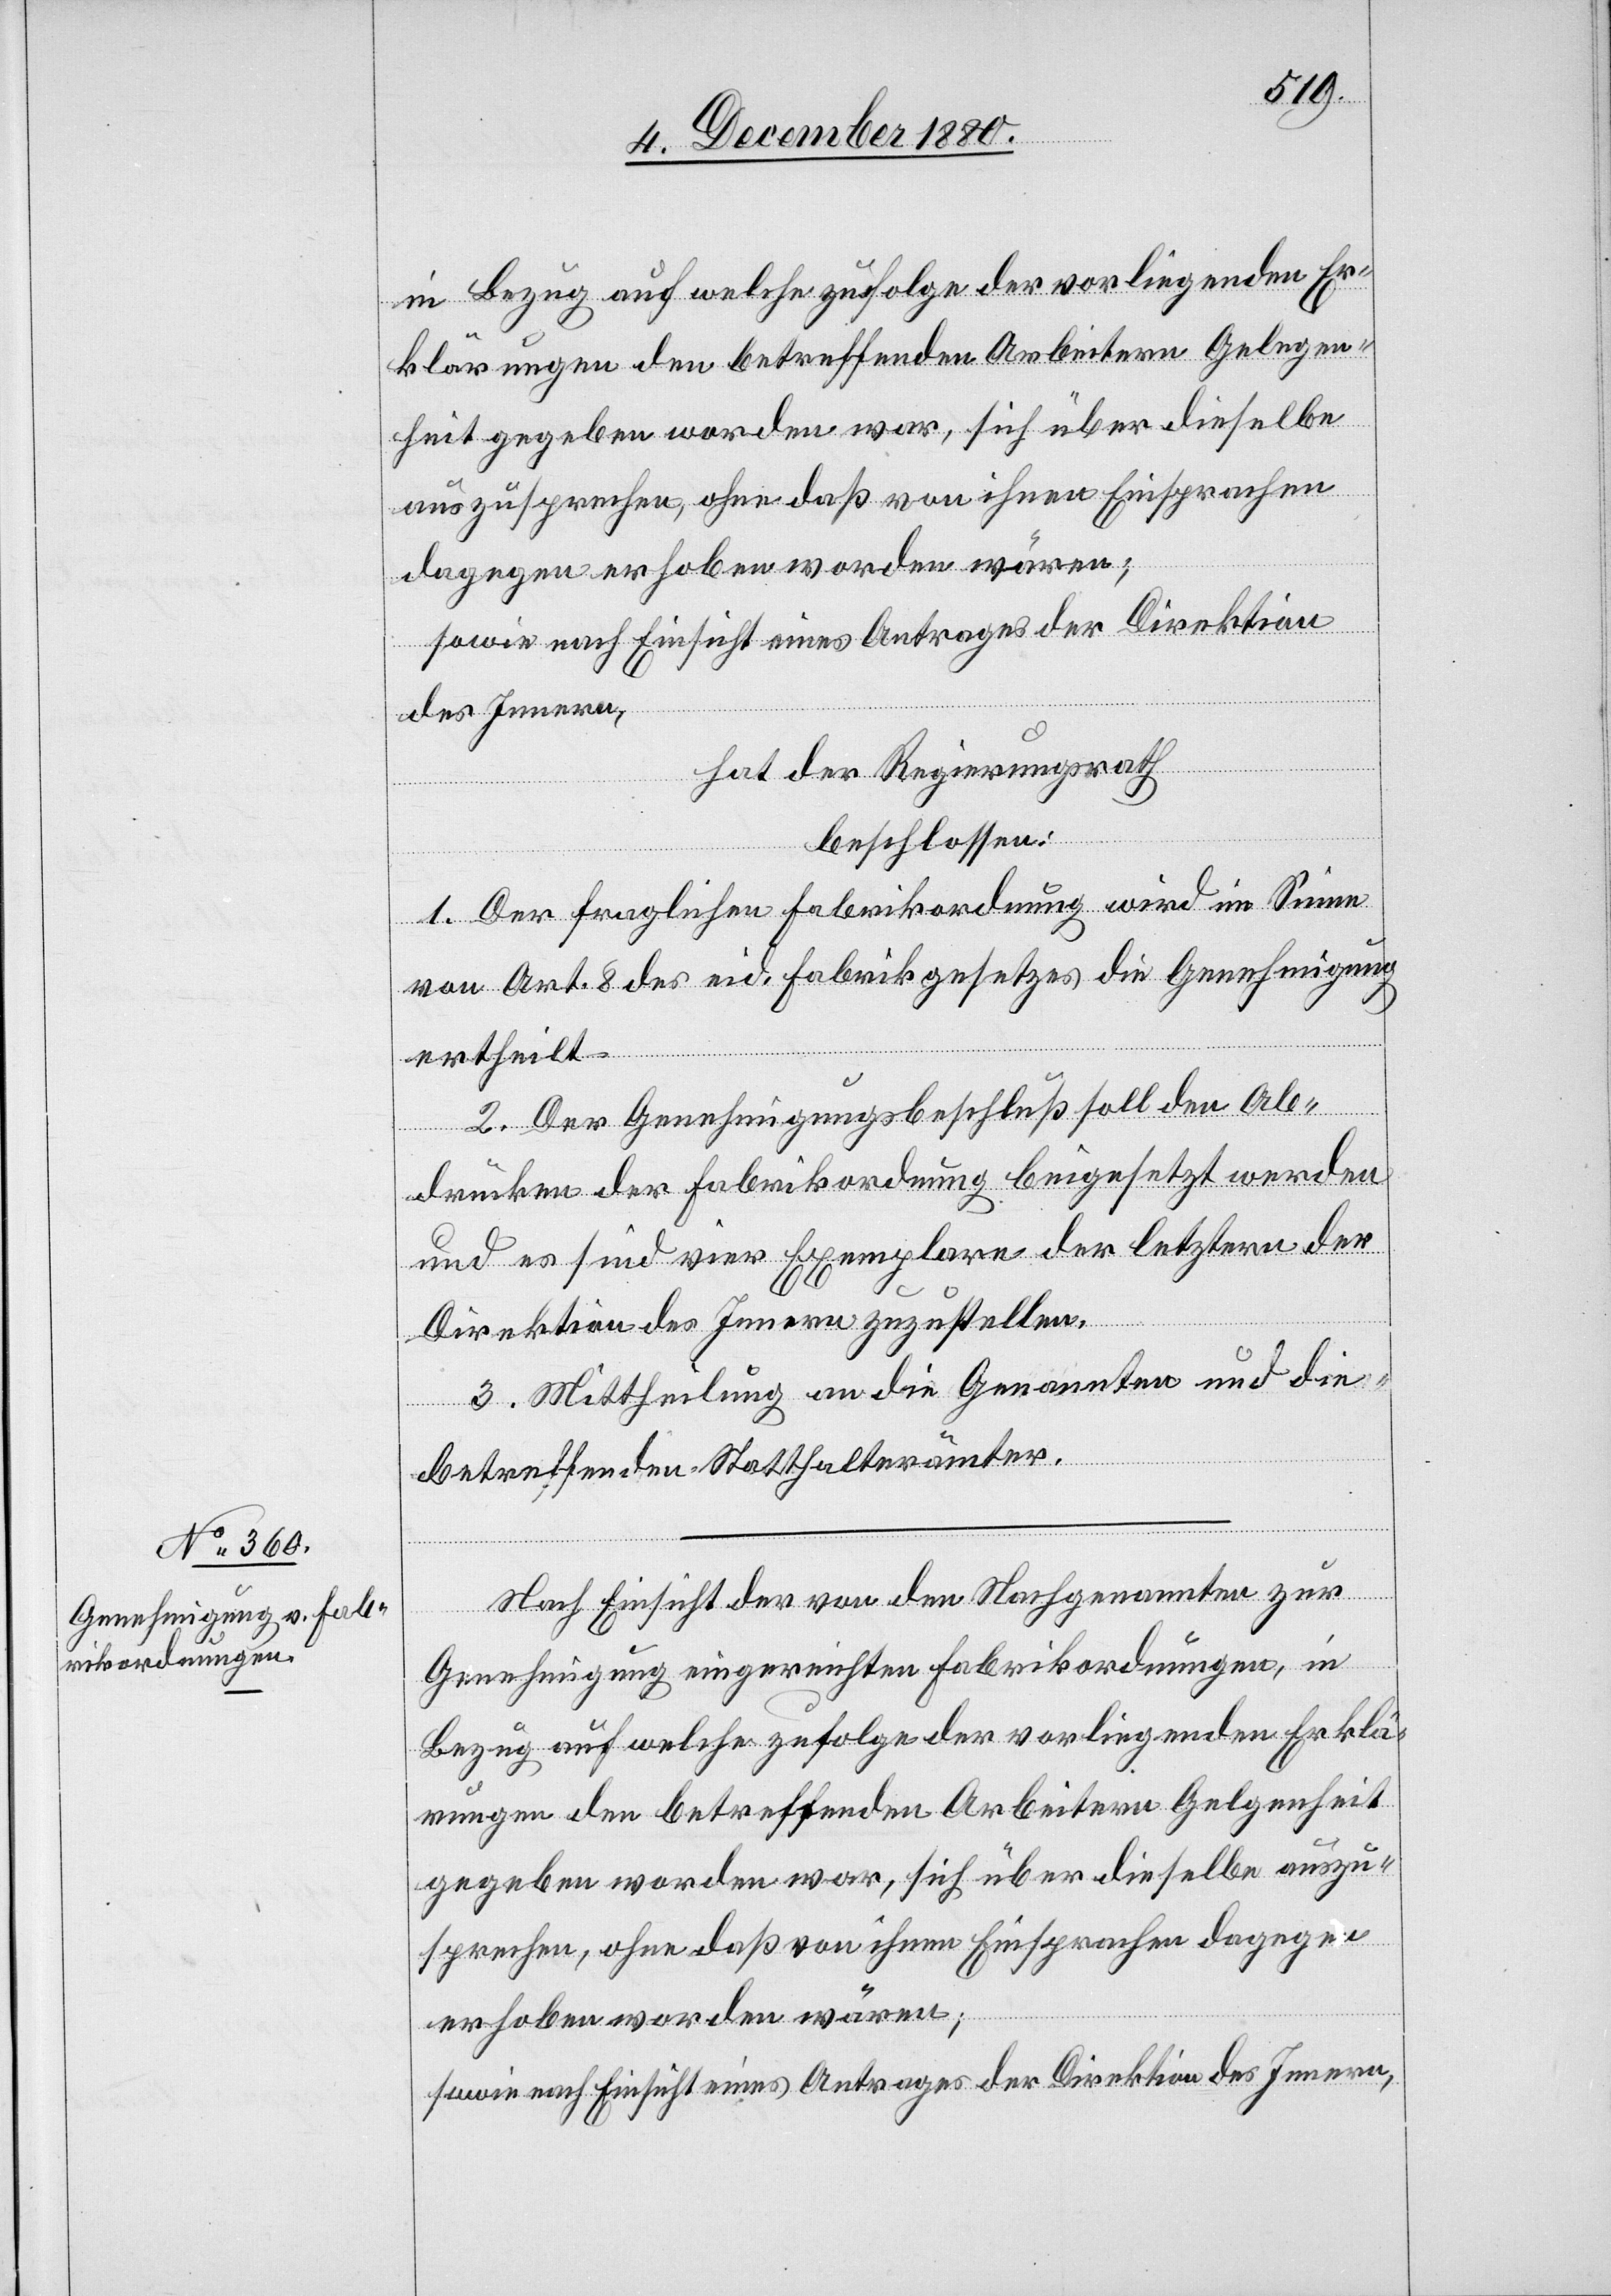
in Bezug auf welche zufolge der vorliegenden Er¬
klärungen den betreffenden Arbeitern Gelegen¬
heit gegeben worden war, sich über dieselbe
auszusprechen, ohne daß von ihnen Einsprachen
dagegen erhoben worden wären;
sowie nach Einsicht eines Antrages der Direktion
des Innern,
hat der Regierungsrath
beschlossen:
1. Der fraglichen Fabrikordnung wird im Sinne
von Art. 8 des eid. Fabrikgesetzes die Genehmigung
ertheilt.
2. Der Genehmigungsbeschluß soll den Ab¬
drücken der Fabrikordnung beigesetzt werden
und es sind vier Exemplare der letztern der
Direktion des Innern zuzustellen.
3. Mittheilung an die Genannten und die
betreffenden Statthalterämter.
Nach Einsicht der von den Nachgenannten zur
Genehmigung eingereichten Fabrikordnungen, in
Bezug auf welche zufolge der vorliegenden Erklä¬
rungen den betreffenden Arbeitern Gelegenheit
gegeben worden war, sich über dieselben auszu¬
sprechen, ohne daß von ihnen Einsprachen dagegen
erhoben worden wären,
sowie nach Einsicht eines Antrages der Direktion des Innern,